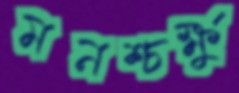
মনশ্চক্ষু